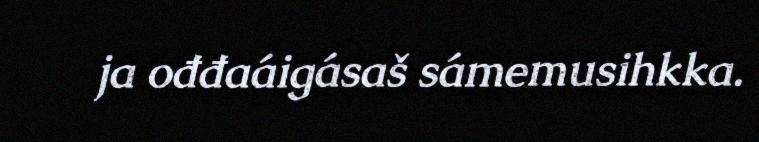
ja ođđaáigásaš sámemusihkka.